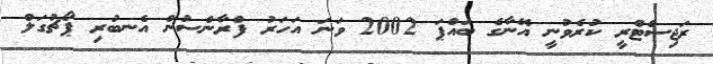
ރަޖިސްޓްރީ ކުރެވުނީ އޭނާގެ ބައްޕަ 2002 ވަނަ އަހަރު ފްރާންސުން އެނބުރި ޕޯޗުގަލް